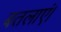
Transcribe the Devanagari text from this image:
बतलाएं।